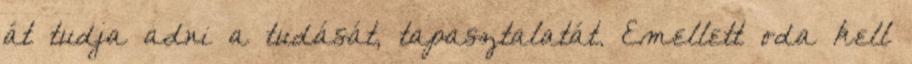
át tudja adni a tudását, tapasztalatát. Emellett oda kell